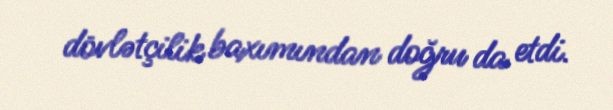
dövlətçilik baxımından doğru da etdi.